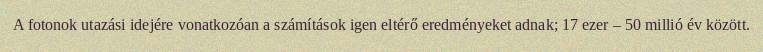
A fotonok utazási idejére vonatkozóan a számítások igen eltérő eredményeket adnak; 17 ezer – 50 millió év között.